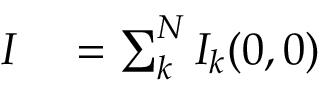
\begin{array} { r l } { I } & { { } = \sum _ { k } ^ { N } { { I _ { k } } } ( 0 , 0 ) } \end{array}